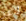
لامر